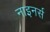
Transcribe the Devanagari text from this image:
नाइनर्स